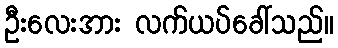
ဦးလေးအား လက်ယပ်ခေါ်သည်။